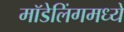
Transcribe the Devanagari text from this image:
मॉडेलिंगमध्ये